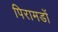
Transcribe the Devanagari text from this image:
पिरामडों